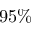
9 5 \%